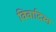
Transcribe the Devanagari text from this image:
विवादिस्त